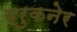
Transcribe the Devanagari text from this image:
ब्रुकनेर